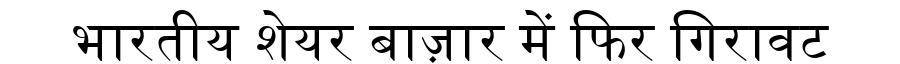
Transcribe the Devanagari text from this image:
भारतीय शेयर बाज़ार में फिर गिरावट